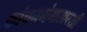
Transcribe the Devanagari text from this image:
कांचनगंगासारखी